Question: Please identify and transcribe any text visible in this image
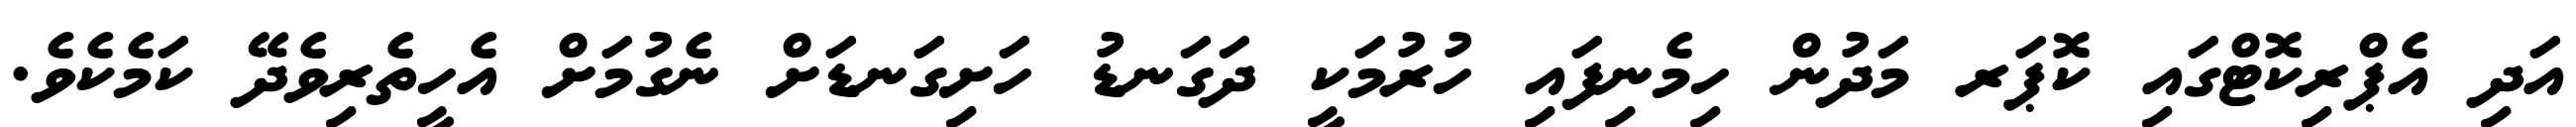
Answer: އަދި އެޕްރިކޮޓްގައި ކޮޕަރ މަދުން ހިމެނިފައި ހުރުމަކީ ދަގަނޑު ހަށިގަނޑަށް ނެގުމަށް އެހީތެރިވެދޭ ކަމެކެވެ.